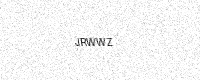
Text: JRWWZ